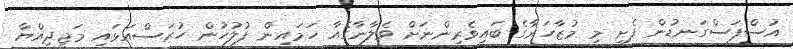
އުސްފަސްގަނޑުން ފެށި މި މުޒާހަރާގެ ބައިވެރިންނަށް ވެލާނާގެއާ ހަމައިން ފުލުހުން ހުރަސްއަޅައި މަޖީދިއްޔާ